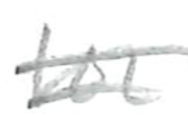
Text: for
Cross-out: double-line
Writing tool: pencil